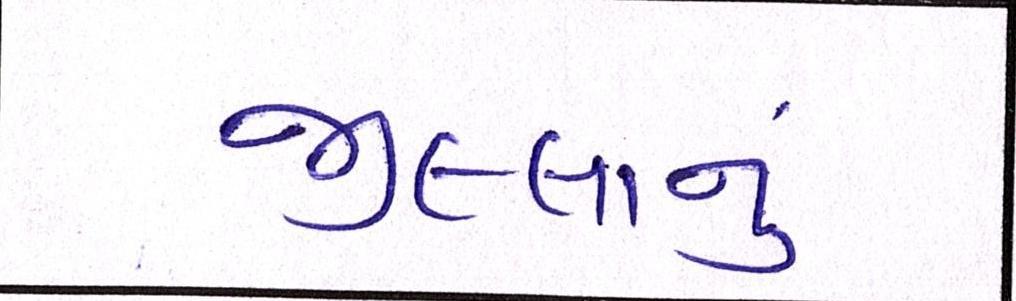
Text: જીલ્લાનું